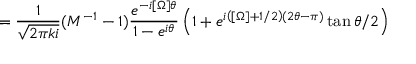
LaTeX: = \frac { 1 } { \sqrt { 2 \pi k i } } ( { \cal M } ^ { - 1 } - 1 ) \frac { e ^ { - i [ \Omega ] \theta } } { 1 - e ^ { i \theta } } \left( 1 + e ^ { i \left( [ \Omega ] + 1 / 2 \right) ( 2 \theta - \pi ) } \tan \theta / 2 \right)